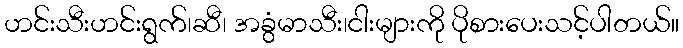
ဟင်းသီးဟင်းရွက်၊ဆီ၊ အခွံမာသီး၊ငါးများကို ပိုစားပေးသင့်ပါတယ်။